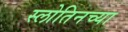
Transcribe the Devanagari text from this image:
स्लोतिनच्या